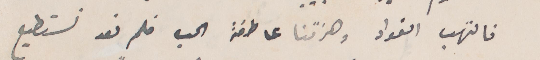
التهب الفؤاد وهزتنا عاطفة الحب فلم نعد نستطيع